Insane asylums in Bengal annual reports 1867-1875 - 1867-1875
Year: 1867
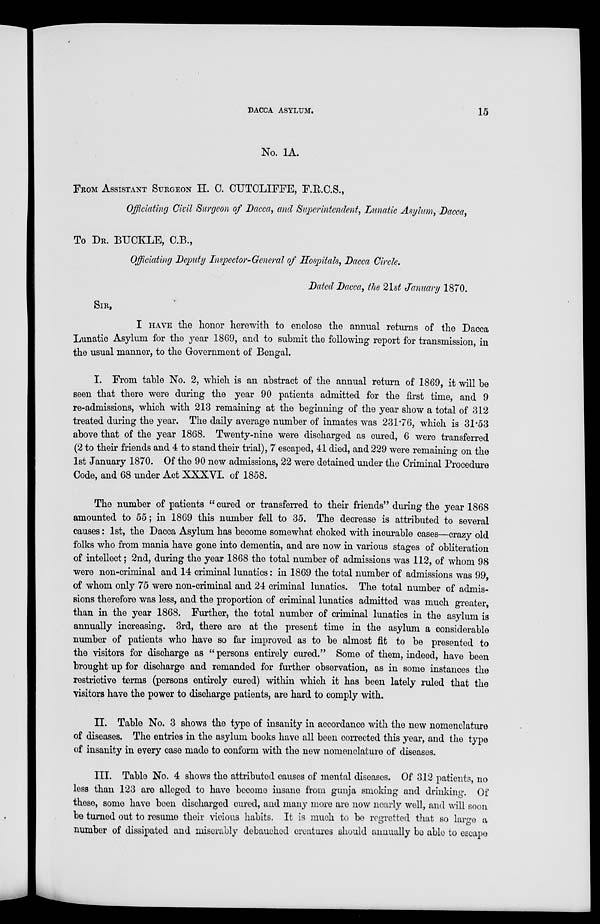
DACCA ASYLUM.
15
No. 1A.
FROM ASSIATANT SURGEON H. C. CUTCLIFFE, F.R.C.S.,
Officiating Civil Surgeon of Dacca, and Superintendent, Lunatic Asylum, Dacca,
To DR. BUCKLE, C.B.,
Officiating Deputy Inspector-General of Hospitals, Dacca Circle.
Dated Dacca, the 21st January 1870.
SIR,
I HAVE the honor herewith to enclose the annual returns of the Dacca
Lunatic Asylum for the year 1869, and to submit the following report for transmission, in
the usual manner, to the Government of Bengal.
I. From table No. 2, which is an abstract of the annual return of 1869, it will be
seen that there were during the year 90 patients admitted for the first time, and 9
re-admissions, which with 213 remaining at the beginning of the year show a total of 312
treated during the year. The daily average number of inmates was 231.76, which is 31.53
above that of the year 1868. Twenty-nine were discharged as cured, 6 were transferred
(2 to their friends and 4 to stand their trial), 7 escaped, 41 died, and 229 were remaining on the
1st January 1870. Of the 90 new admissions, 22 were detained under the Criminal Procedure
Code, and 68 under Act XXXVI. of 1858.
The number of patients " cured or transferred to their friends" during the year 1868
amounted to 55; in 1869 this number fell to 35. The decrease is attributed to several
causes: 1st, the Dacca Asylum has become somewhat choked with incurable cases—crazy old
folks who from mania have gone into dementia, and are now in various stages of obliteration
of intellect; 2nd, during the year 1868 the total number of admissions was 112, of whom 98
were non-criminal and 14 criminal lunatics: in 1869 the total number of admissions was 99,
of whom only 75 were non-criminal and 24 criminal lunatics. The total number of admis-
sions therefore was less, and the proportion of criminal lunatics admitted was much greater,
than in the year 1868. Further, the total number of criminal lunatics in the asylum is
annually increasing. 3rd, there are at the present time in the asylum a considerable
number of patients who have so far improved as to be almost fit to be presented to
the visitors for discharge as " persons entirely cured." Some of them, indeed, have been
brought up for discharge and remanded for further observation, as in some instances the
restrictive terms (persons entirely cured) within which it has been lately ruled that the
visitors have the power to discharge patients, are hard to comply with.
II. Table No. 3 shows the type of insanity in accordance with the new nomenclature
of diseases. The entries in the asylum books have all been corrected this year, and the type
of insanity in every case made to conform with the new nomenclature of diseases.
III. Table No. 4 shows the attributed causes of mental diseases. Of 312 patients, no
less than 123 are alleged to have become insane from gunja smoking and drinking. Of
these, some have been discharged cured, and many more are now nearly well, and will soon
be turned out to resume their vicious habits. It is much to be regretted that so large a
number of dissipated and miserably debauched creatures should annually be able to escape